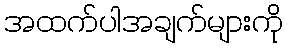
အထက်ပါအချက်များကို